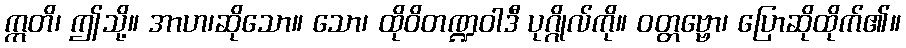
ဣတိ၊ ဤသို့။ အာဟ၊ဆိုသော။ သော၊ ထိုဝိတဏ္ဍဝါဒီ ပုဂ္ဂိုလ်ကို။ ဝတ္တဗ္ဗော၊ ပြောဆိုထိုက်၏။